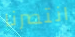
انتصرنا